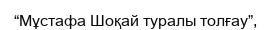
“Мұстафа Шоқай туралы толғау”,